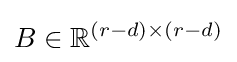
B\in \mathbb {R} ^{(r-d)\times (r-d)}